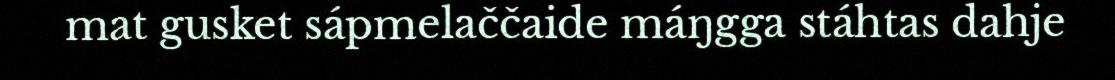
mat gusket sápmelaččaide máŋgga stáhtas dahje